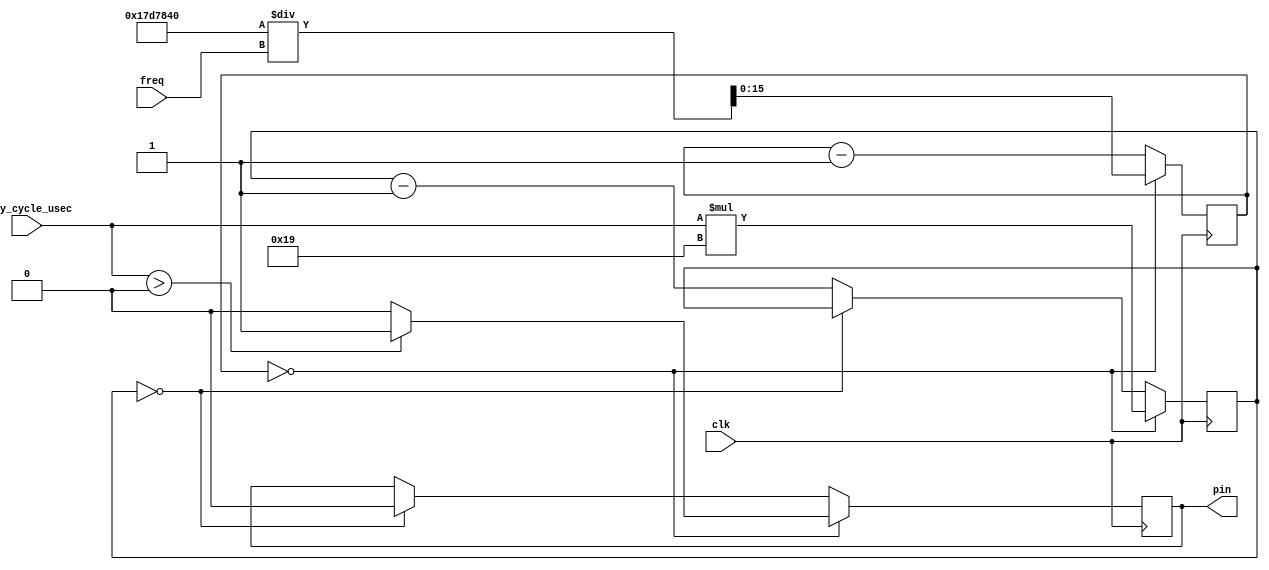
`define MAIN_CLK_FREQUENCY 25000000
`define USEC_IN_SEC 1000000
`define CYCLES_IN_USEC (`MAIN_CLK_FREQUENCY / `USEC_IN_SEC)

module pwm(
    clk,
    freq,
    duty_cycle_usec,
    pin
);

input wire clk;

input wire [15 : 0] freq;
input wire [15 : 0] duty_cycle_usec;
output reg pin = 0;

reg [15 : 0] period_count = 0;
reg [15 : 0] duty_cycle_count = 0;

always @ (posedge clk) begin
    if (period_count == 0) begin
        period_count <= `MAIN_CLK_FREQUENCY / freq;
        duty_cycle_count <= duty_cycle_usec * `CYCLES_IN_USEC;

        if (duty_cycle_usec > 0) begin
            pin <= 1;
        end else begin
            pin <= 0;
        end
    end else begin
        period_count <= period_count - 1;
        if (duty_cycle_count == 0) begin
            pin <= 0;
        end else begin
            duty_cycle_count <= duty_cycle_count - 1;
        end
    end
end

endmodule